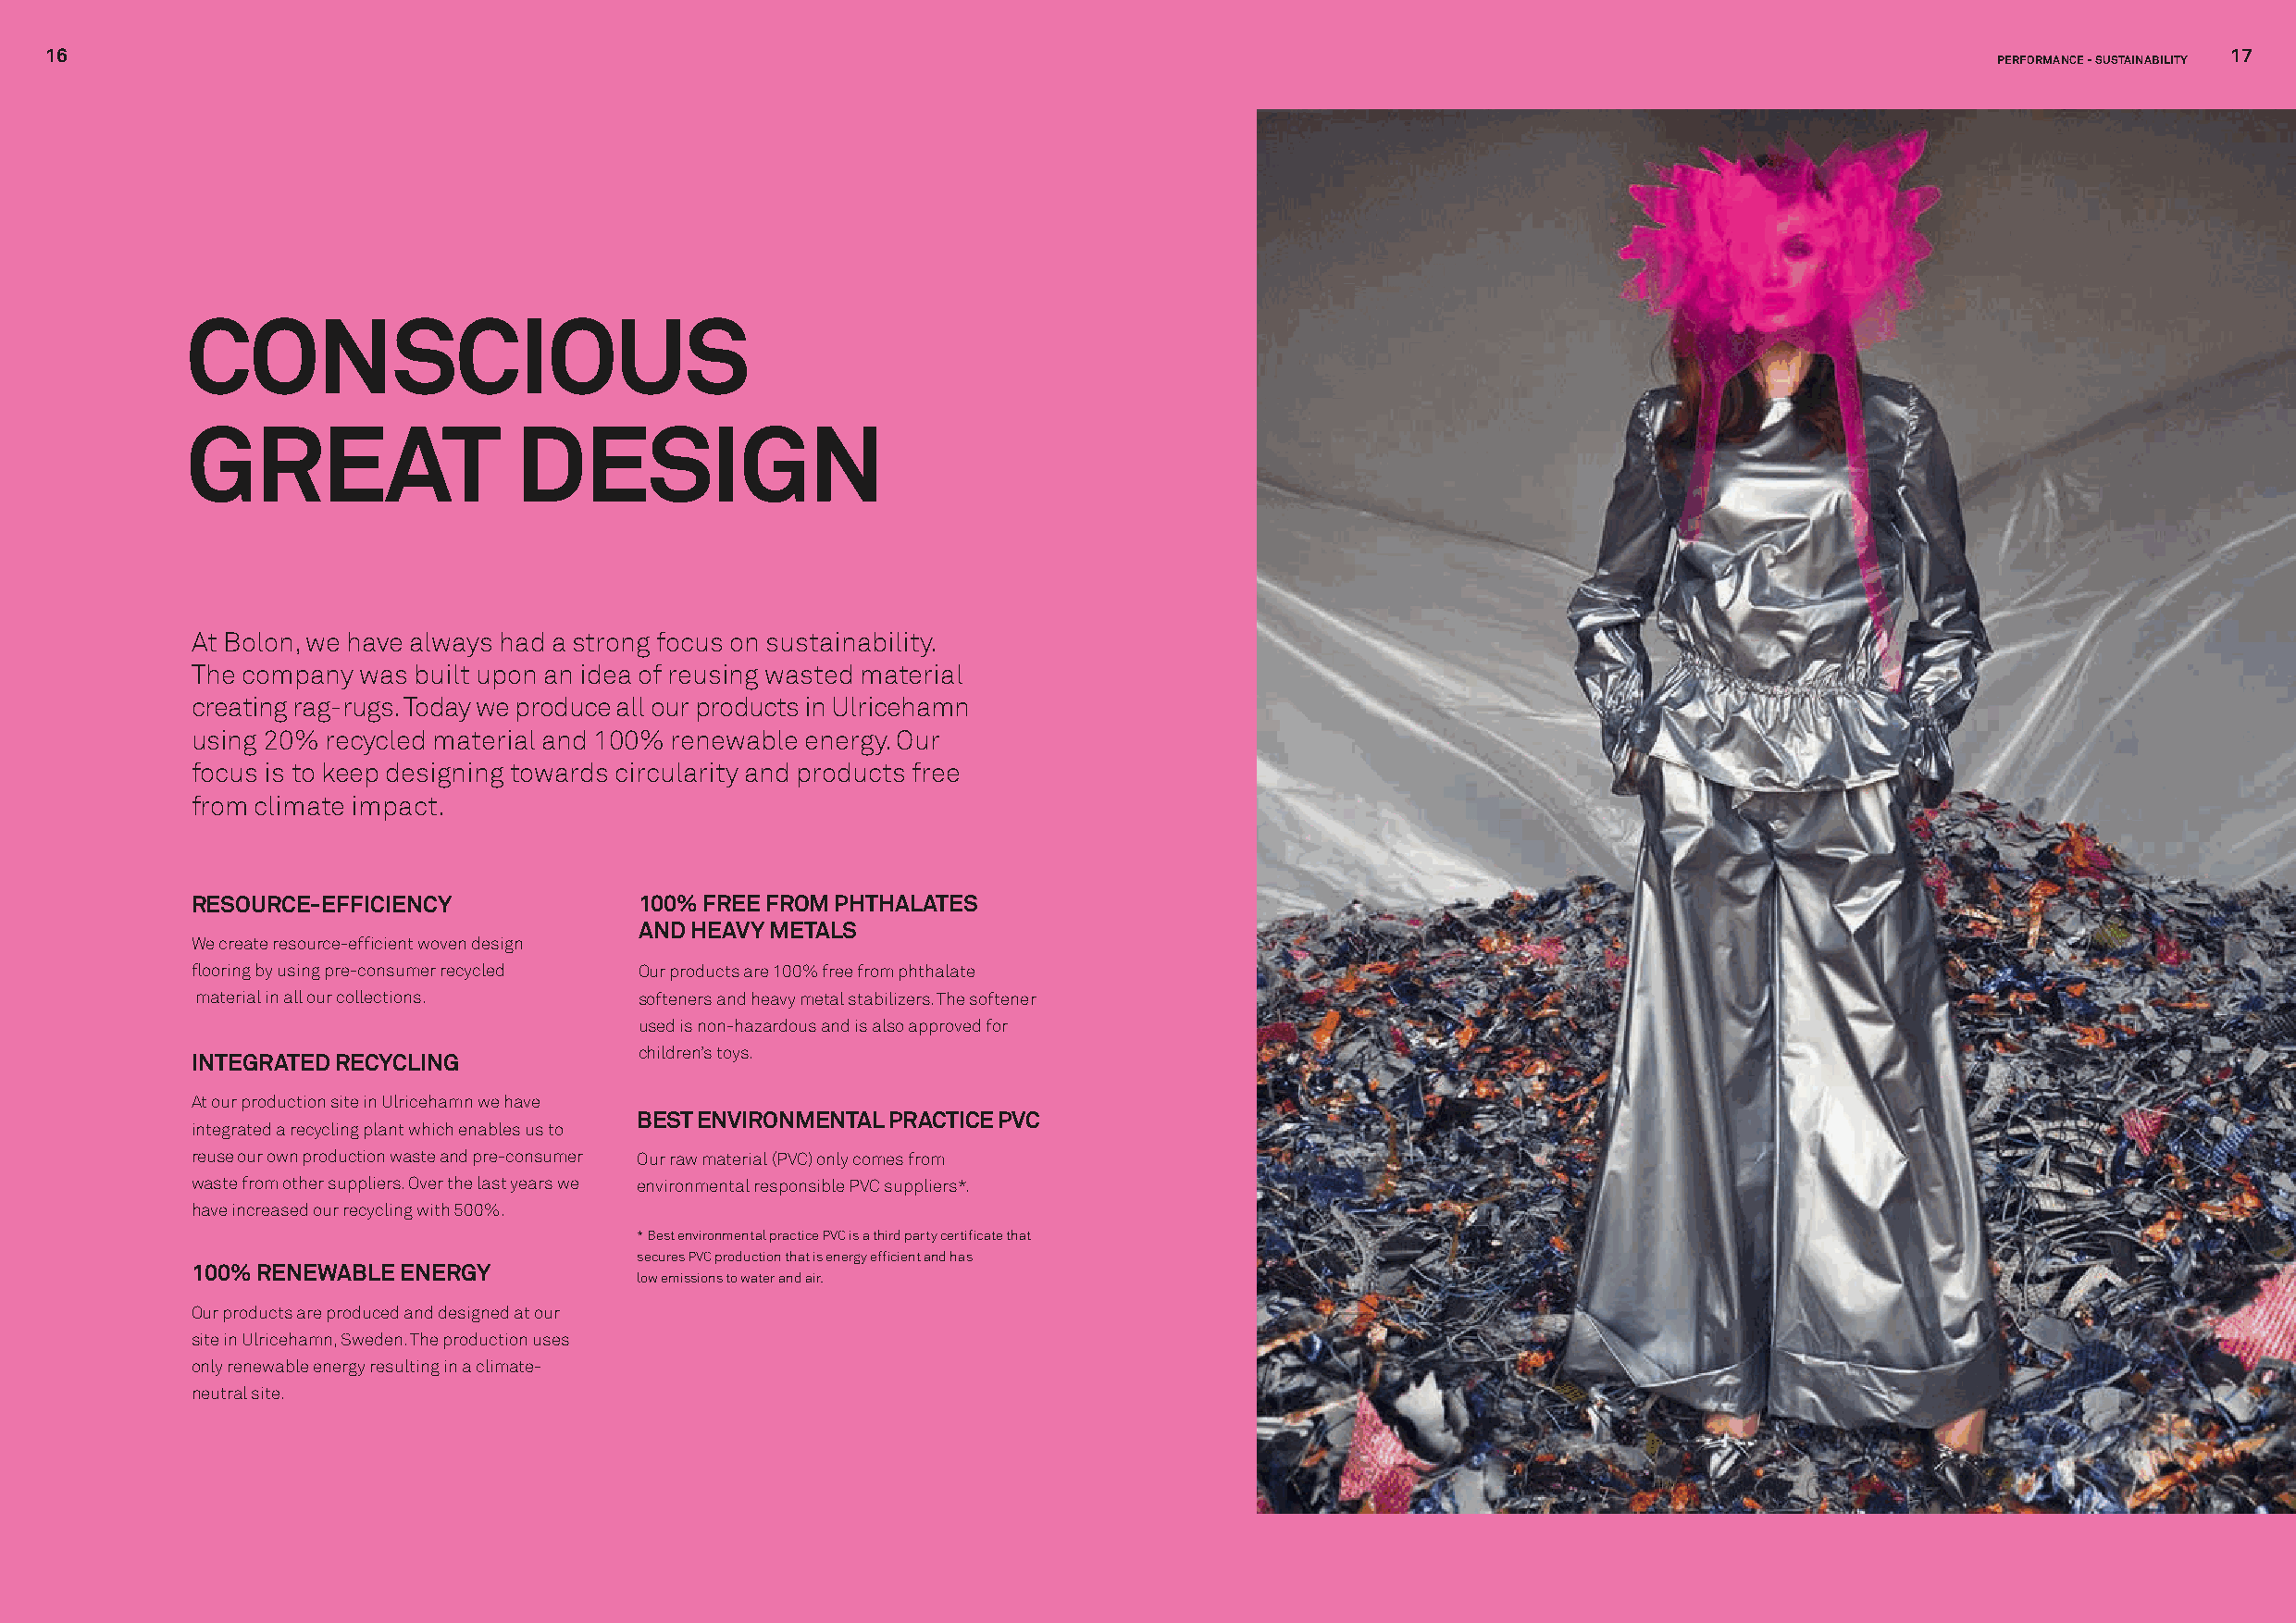
16                                                                                                                                                           17
 PERFORMANCE - SUSTAINABILITY
 CONSCIOUS
 GREAT                   DESIGN
 At Bolon, we have always had a strong focus on sustainability.
 The company was built upon an idea of reusing wasted material
 creating rag-rugs. Today we produce all our products in Ulricehamn
 using 20% recycled material and 100% renewable energy. Our
 focus is to keep designing towards circularity and products free
 from climate impact.
 RESOURCE-EFFICIENCY             100% FREE FROM PHTHALATES
 AND HEAVY METALS
 We create resource-efficient woven design
 flooring by using pre-consumer recycled Our products are 100% free from phthalate
 material in all our collections. softeners and heavy metal stabilizers. The softener
 used is non-hazardous and is also approved for
 children’s toys.
 INTEGRATED RECYCLING
 At our production site in Ulricehamn we have
 BEST ENVIRONMENTAL PRACTICE PVC
 integrated a recycling plant which enables us to
 reuse our own production waste and pre-consumer Our raw material (PVC) only comes from
 waste from other suppliers. Over the last years we environmental responsible PVC suppliers*.
 have increased our recycling with 500%.
 * Best environmental practice PVC is a third party certificate that
 secures PVC production that is energy efficient and has
 100% RENEWABLE ENERGY
 low emissions to water and air.
 Our products are produced and designed at our
 site in Ulricehamn, Sweden. The production uses
 only renewable energy resulting in a climate-
 neutral site.